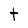
Character: t